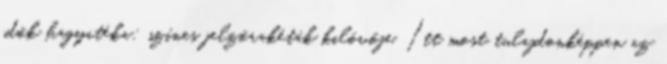
idők hagyatéka: színes jelzőrakéták kilövője. Itt most tulajdonképpen az